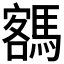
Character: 𩤩